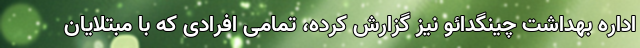
اداره بهداشت چینگدائو نیز گزارش کرده، تمامی افرادی که با مبتلایان